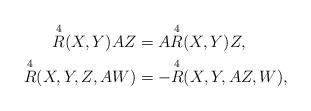
LaTeX: \begin{align*}\overset{4}{R} (X,Y)AZ & = A\overset{4}{R} (X,Y)Z, \\\overset{4}{R} (X,Y,Z,AW) & = - \overset{4}{R} (X,Y,AZ,W),\end{align*}